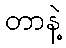
တာနဲ့